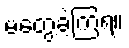
မတွေ့ခဲ့ကြရ။